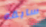
سابقه